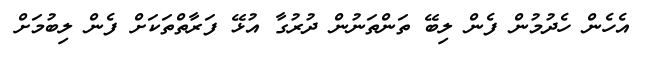
އެހެން ހެދުމުން ފެން ލިބޭ ތަންތަނުން ދުރުގާ އުޅޭ ފަރާތްތަކަށް ފެން ލިބުމަށް